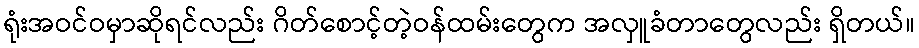
ရုံးအဝင်ဝမှာဆိုရင်လည်း ဂိတ်စောင့်တဲ့ဝန်ထမ်းတွေက အလှူခံတာတွေလည်း ရှိတယ်။